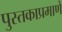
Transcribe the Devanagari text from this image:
पुस्तकाप्रमाणे